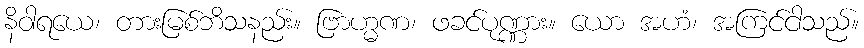
နိဝါရယေ၊ တားမြစ်ဘိသနည်း။ ဗြာဟ္မဏ၊ ဖခင်ပုဏ္ဏား။ ယော အဟံ၊ အကြင်ငါသည်။